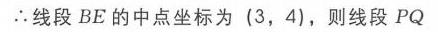
$\therefore$线段$BE$的中点坐标为$(3,4)$，则线段$PQ$